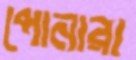
পোনারা